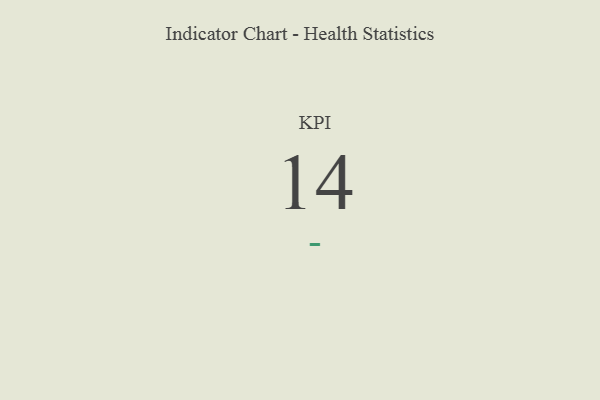
{"axis": {"x": "KPI", "y": "Value"}, "legend": [""], "data": [{"x": "KPI", "y": 14, "type": ""}]}